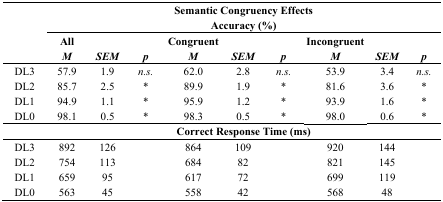
<table><thead><tr><td></td><td colspan="9"><b>Semantic Congruency Effects</b></td></tr><tr><td></td><td colspan="9"><b>Accuracy (%)</b></td></tr><tr><td></td><td><b>All</b></td><td></td><td></td><td><b>Congruent</b></td><td></td><td></td><td><b>Incongruent</b></td><td></td><td></td></tr><tr><td></td><td><b><i>M</i></b></td><td><b><i>SEM</i></b></td><td><b><i>p</i></b></td><td><b><i>M</i></b></td><td><b><i>SEM</i></b></td><td><b><i>p</i></b></td><td><b><i>M</i></b></td><td><b><i>SEM</i></b></td><td><b><i>p</i></b></td></tr></thead><tbody><tr><td>DL3</td><td>57.9</td><td>1.9</td><td><i>n.s.</i></td><td>62.0</td><td>2.8</td><td><i>n.s.</i></td><td>53.9</td><td>3.4</td><td><i>n.s.</i></td></tr><tr><td>DL2</td><td>85.7</td><td>2.5</td><td>*</td><td>89.9</td><td>1.9</td><td>*</td><td>81.6</td><td>3.6</td><td>*</td></tr><tr><td>DL1</td><td>94.9</td><td>1.1</td><td>*</td><td>95.9</td><td>1.2</td><td>*</td><td>93.9</td><td>1.6</td><td>*</td></tr><tr><td>DL0</td><td>98.1</td><td>0.5</td><td>*</td><td>98.3</td><td>0.5</td><td>*</td><td>98.0</td><td>0.6</td><td>*</td></tr><tr><td></td><td colspan="9"><b>Correct Response Time (ms)</b></td></tr><tr><td>DL3</td><td>892</td><td>126</td><td></td><td>864</td><td>109</td><td></td><td>920</td><td>144</td><td></td></tr><tr><td>DL2</td><td>754</td><td>113</td><td></td><td>684</td><td>82</td><td></td><td>821</td><td>145</td><td></td></tr><tr><td>DL1</td><td>659</td><td>95</td><td></td><td>617</td><td>72</td><td></td><td>699</td><td>119</td><td></td></tr><tr><td>DL0</td><td>563</td><td>45</td><td></td><td>558</td><td>42</td><td></td><td>568</td><td>48</td><td></td></tr></tbody></table>